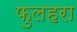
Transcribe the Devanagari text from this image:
फुलहरा